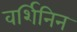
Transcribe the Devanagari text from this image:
वर्शिनिन